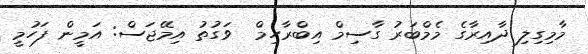
މާމިގިލި ދާއިރާގެ މެމްބަރު ގާސިމް އިބްރާހިމް  ވަގުތު އިމޭޖަސް: އަމީން ފަހުމީ